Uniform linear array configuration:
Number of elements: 8
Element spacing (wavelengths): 0.25
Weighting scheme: blackman
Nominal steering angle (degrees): -30
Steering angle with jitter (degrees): -28.137
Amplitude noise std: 0.05
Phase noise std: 0.05

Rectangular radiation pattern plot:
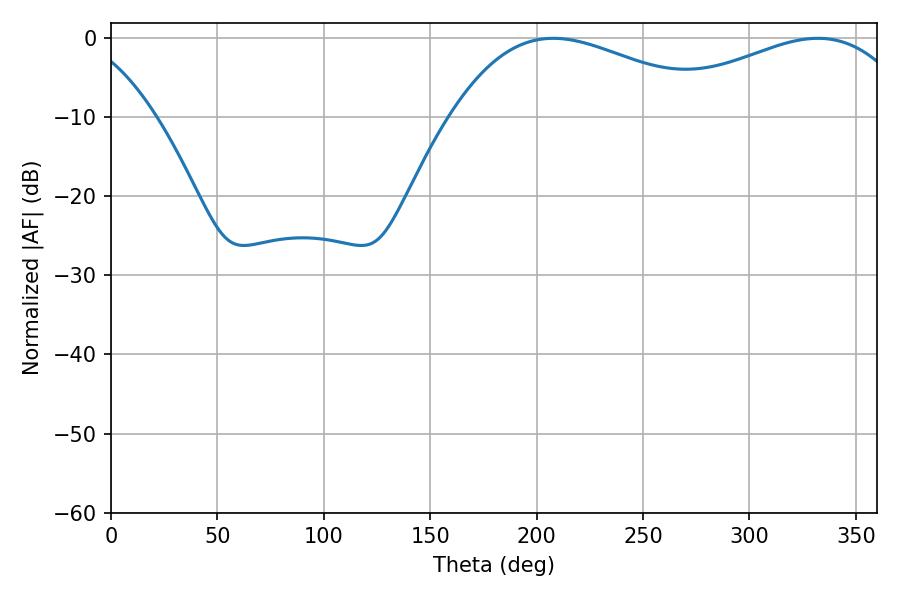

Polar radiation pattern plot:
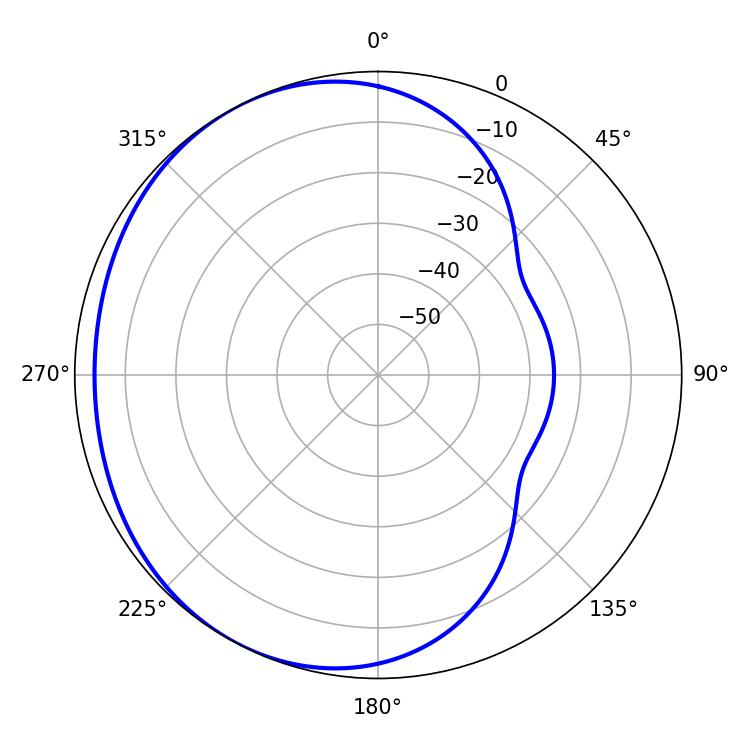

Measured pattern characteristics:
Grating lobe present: FALSE
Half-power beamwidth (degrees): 69.48
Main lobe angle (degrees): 207.9